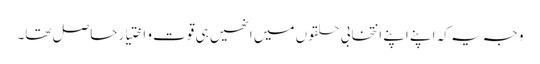
وجہ یہ کہ اپنے اپنے انتخابی حلقوں میں انھیں ہی قوت و اختیار حاصل تھا۔